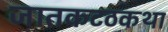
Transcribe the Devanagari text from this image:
जातकटठकथा